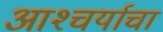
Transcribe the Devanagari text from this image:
आश्‍चर्याचा